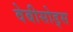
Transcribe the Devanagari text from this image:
वेबीसोड्स